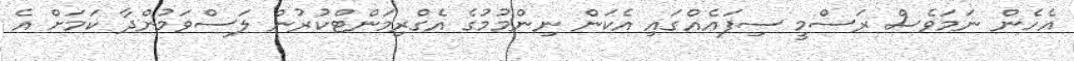
އެހެން ނަމަވެސް ރަސްމީ ސިފައެއްގައި އެކަން ނިންމުމުގެ އެގްރިމަންޓްކުރުން ލަސްވަމުންދާ ކަމަށް އެ